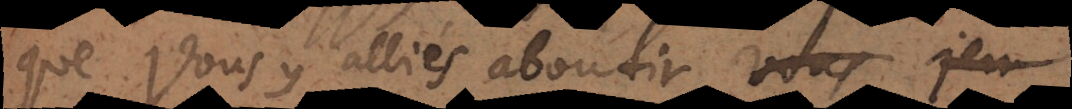
que vous y alliés aboutir vous je